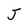
Character: J